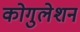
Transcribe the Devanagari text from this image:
कोगुलेशन